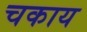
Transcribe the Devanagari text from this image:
चकाय